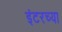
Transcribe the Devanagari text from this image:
इंटरच्या